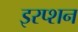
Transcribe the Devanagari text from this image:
इरप्शन